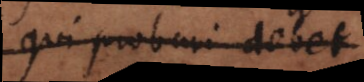
qui probari debet.